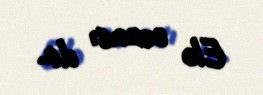
Elə cəzası da.